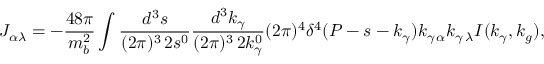
J _ { \alpha \lambda } = - \frac { 4 8 \pi } { m _ { b } ^ { 2 } } \int \frac { d ^ { 3 } s } { ( 2 \pi ) ^ { 3 } \, 2 s ^ { 0 } } \frac { d ^ { 3 } k _ { \gamma } } { ( 2 \pi ) ^ { 3 } \, 2 k _ { \gamma } ^ { 0 } } ( 2 \pi ) ^ { 4 } \delta ^ { 4 } ( P - s - k _ { \gamma } ) k _ { \gamma \, \alpha } k _ { \gamma \, \lambda } I ( k _ { \gamma } , k _ { g } ) ,